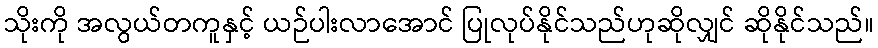
သိုးကို အလွယ်တကူနှင့် ယဉ်ပါးလာအောင် ပြုလုပ်နိုင်သည်ဟုဆိုလျှင် ဆိုနိုင်သည်။